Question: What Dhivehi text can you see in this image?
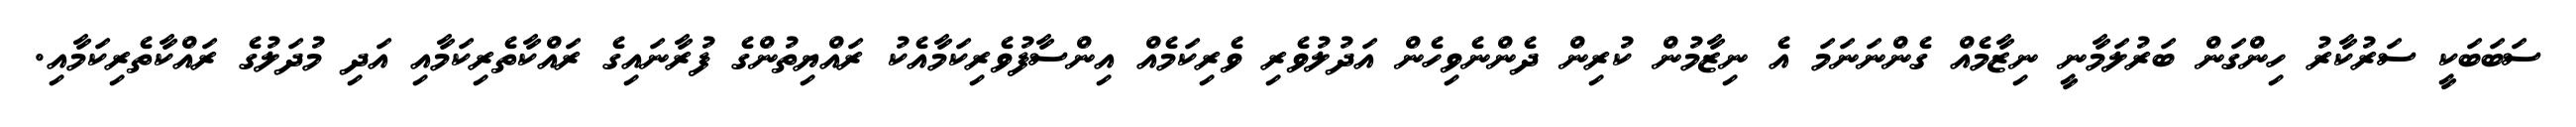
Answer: ސަބަބަކީ ސަރުކާރު ހިންގަން ބަރުލަމާނީ ނިޒާމެއް ގެންނަނަމަ އެ ނިޒާމުން ކުރިން ދެންނެވިހެން އަދުލުވެރި ވެރިކަމެއް އިންސާފުވެރިކަމާއެކު ރައްޔިތުންގެ ފުރާނައިގެ ރައްކާތެރިކަމާއި އަދި މުދަލުގެ ރައްކާތެރިކަމާއި.